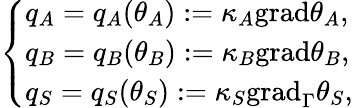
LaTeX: \left\{ \begin{array}{ll}{q_{A}=q_{A}(\theta_{A}):=\kappa_{A}\mathrm{{grad}}\theta_{A},}\\ {q_{B}=q_{B}(\theta_{B}):=\kappa_{B}{\mathrm{grad}}\theta_{B},}\\ {q_{S}=q_{S}(\theta_{S}):=\kappa_{S}\mathrm{{grad}}_{\Gamma}\theta_{S},}\end{array}\right.